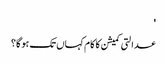
'
عدالتی کمیشن کا کام کہاں تک ہو گا؟